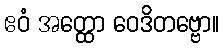
ဧဝံ အတ္ထော ဝေဒိတဗ္ဗော။